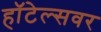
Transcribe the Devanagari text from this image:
हॉटेल्सवर